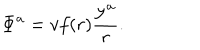
{ \bf \Phi } ^ { a } = v f ( r ) \frac { { \bf y } ^ { a } } { r } .